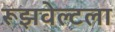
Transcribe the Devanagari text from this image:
रूझवेल्टला